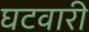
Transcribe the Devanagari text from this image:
घटवारी